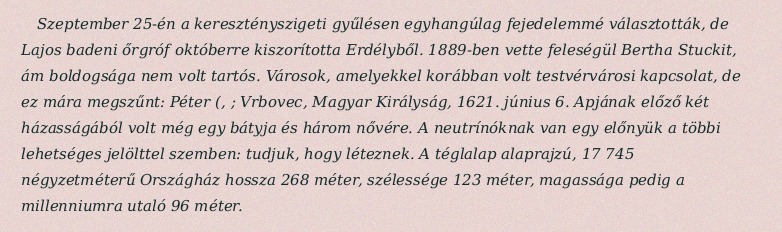
Szeptember 25-én a keresztényszigeti gyűlésen egyhangúlag fejedelemmé választották, de Lajos badeni őrgróf októberre kiszorította Erdélyből. 1889-ben vette feleségül Bertha Stuckit, ám boldogsága nem volt tartós. Városok, amelyekkel korábban volt testvérvárosi kapcsolat, de ez mára megszűnt: Péter (, ; Vrbovec, Magyar Királyság, 1621. június 6. Apjának előző két házasságából volt még egy bátyja és három nővére. A neutrínóknak van egy előnyük a többi lehetséges jelölttel szemben: tudjuk, hogy léteznek. A téglalap alaprajzú, 17 745 négyzetméterű Országház hossza 268 méter, szélessége 123 méter, magassága pedig a millenniumra utaló 96 méter.